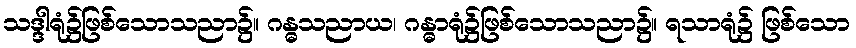
သဒ္ဒါရုံ၌ဖြစ်သောသညာ၌။ ဂန္ဓသညာယ၊ ဂန္ဓာရုံ၌ဖြစ်သောသညာ၌။ ရသာရုံ၌ ဖြစ်သော